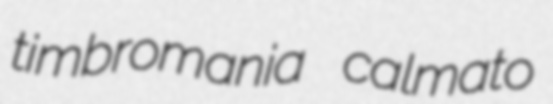
timbromania calmato